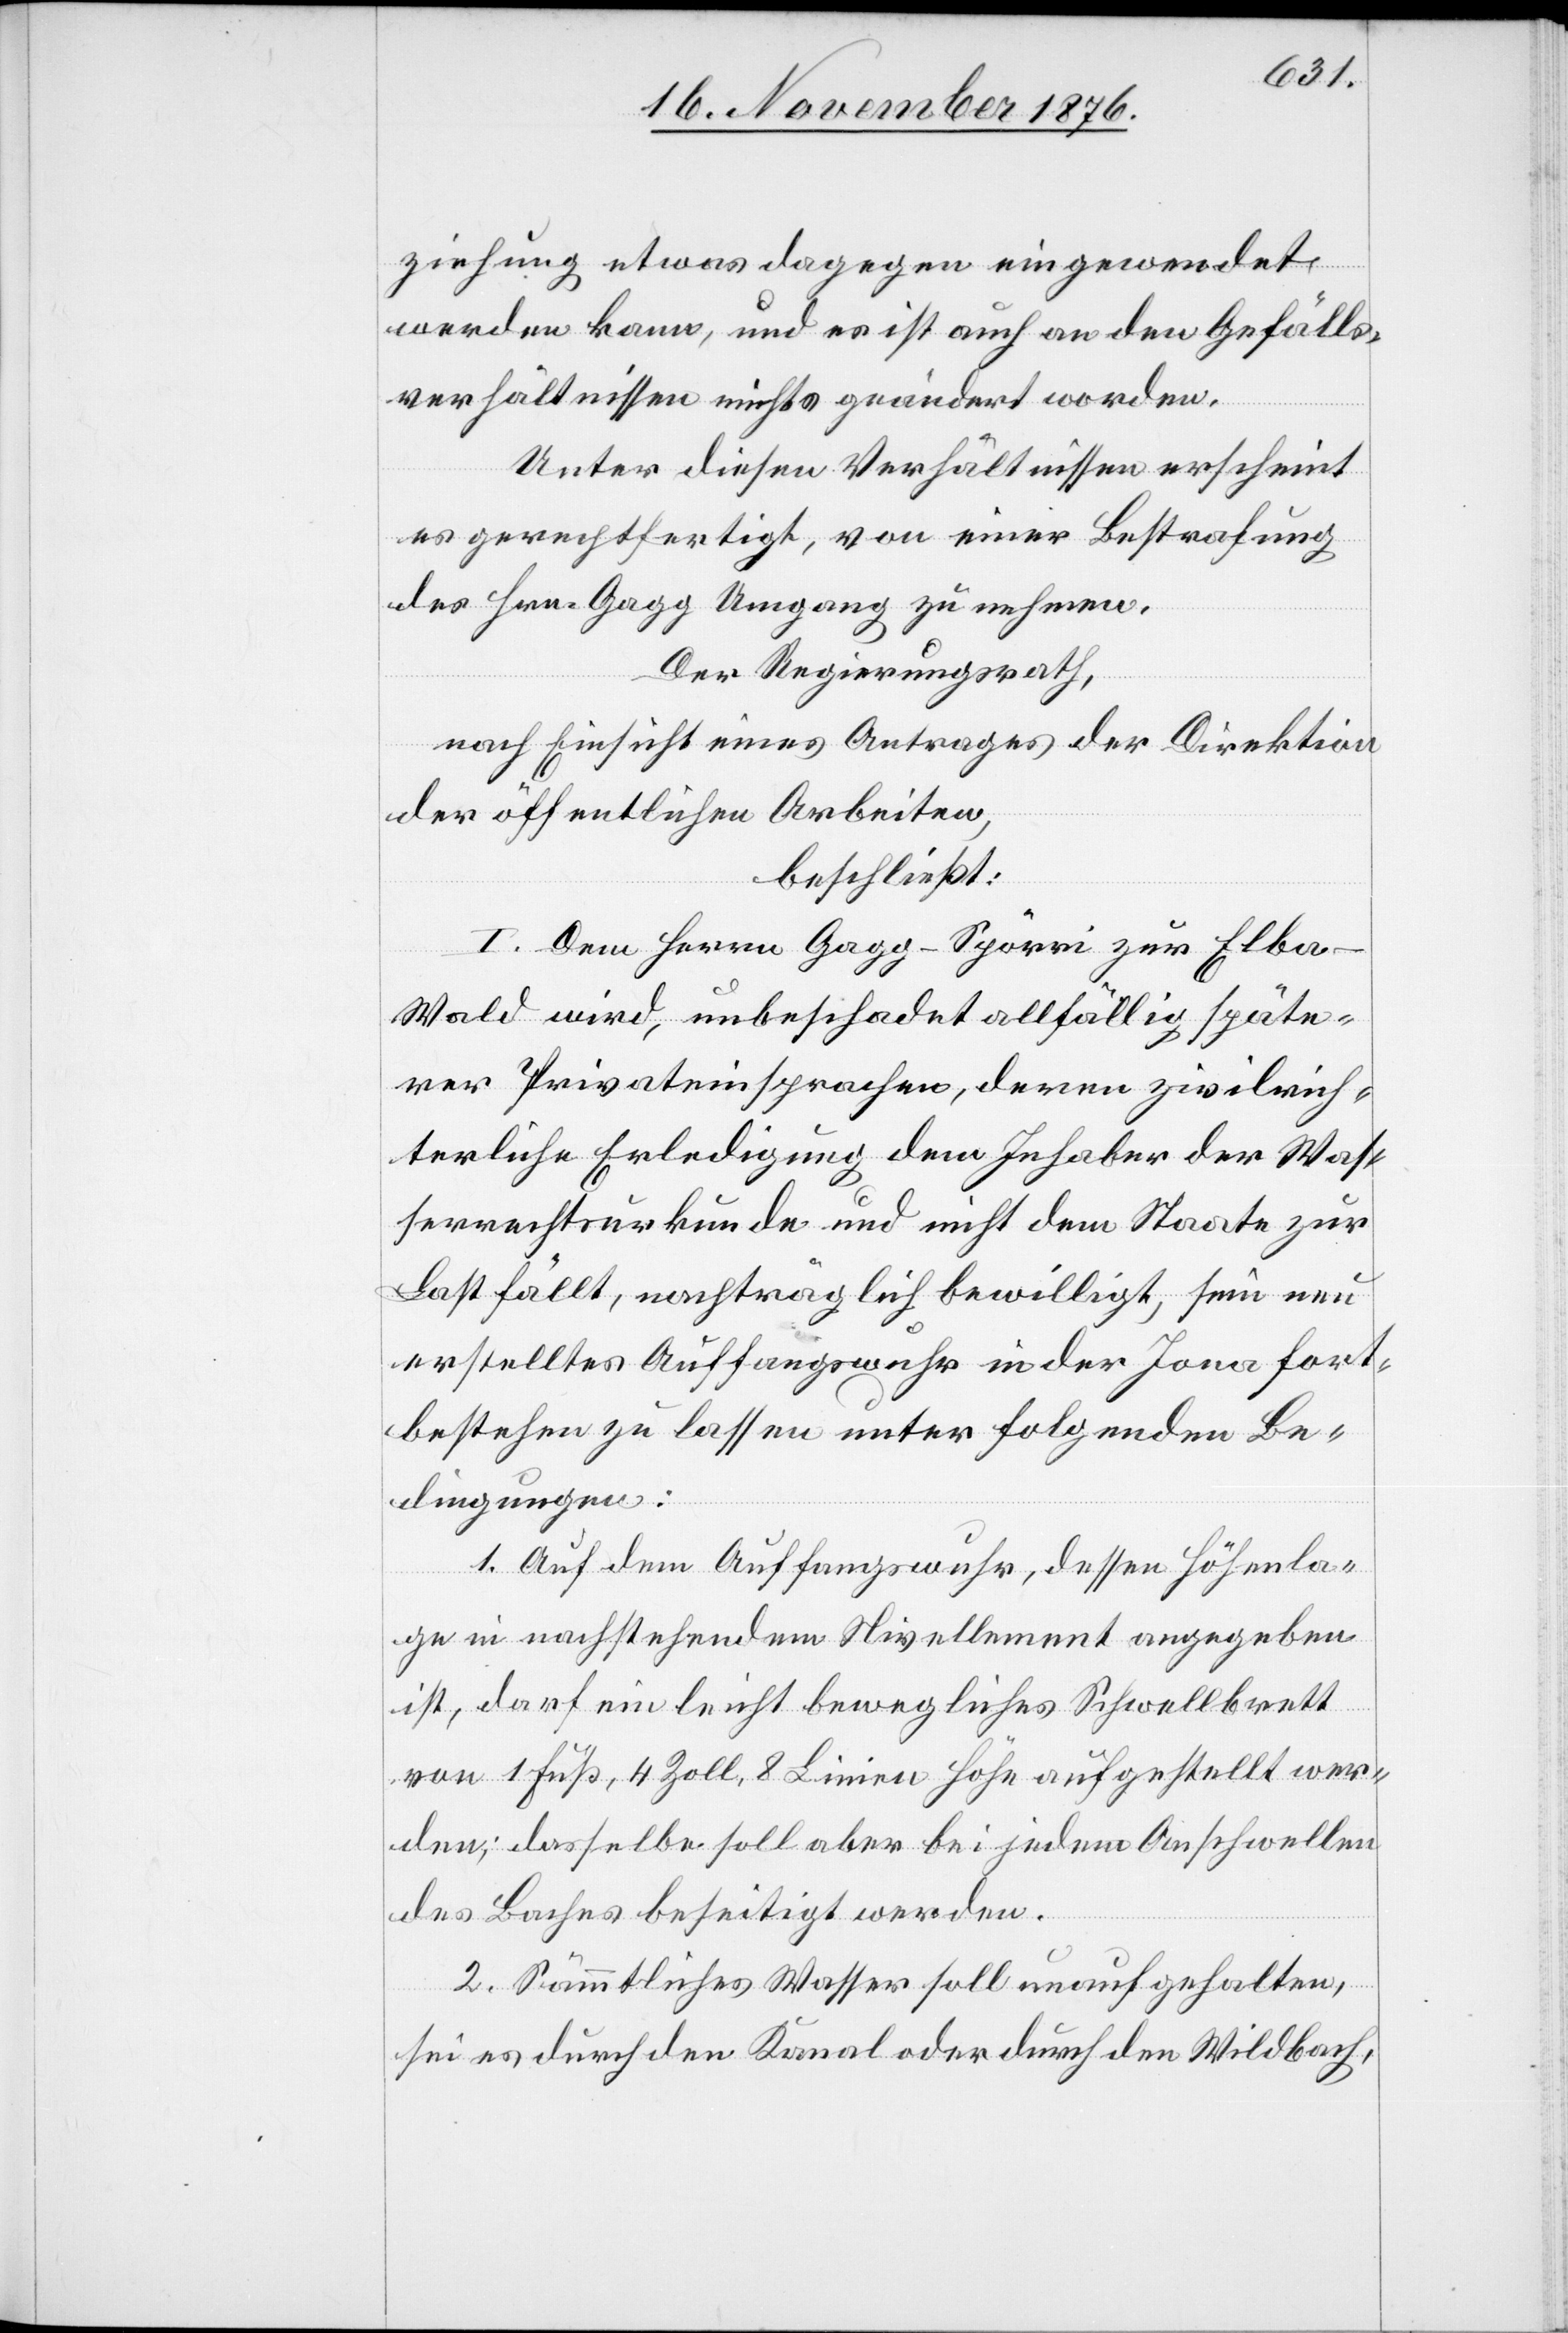
ziehung etwas dagegen eingewendet
werden kann, und es ist auch an den Gefälls¬
verhältnissen nichts geändert worden.
Unter diesen Verhältnissen erscheint
es gerechtfertigt, von einer Bestrafung
des Hrn. Gagg Umgang zu nehmen.
Der Regierungsrath,
nach Einsicht eines Antrages der Direktion
der öffentlichen Arbeiten,
beschließt:
I. Dem Herrn Gagg-Spörri zur Elba
Wald wird, unbeschadet allfällig späte¬
rer Privateinsprachen, deren zivilrich¬
terliche Erledigung dem Inhaber der Was¬
serrechtsurkunde und nicht dem Staate zur
Last fällt, nachträglich bewilligt, sein neu
erstelltes Auffangswuhr in der Jona fort¬
bestehen zu lassen unter folgenden Be¬
dingungen:
1. Auf dem Auffangswuhr, dessen Höhenla¬
ge in nachstehendem Nivellement angegeben
ist, darf ein leicht bewegliches Schwellbrett
von 1 Fuß, 4 Zoll, 8 Linien Höhe aufgestellt wer¬
den; dasselbe soll aber bei jedem Anschwellen
des Baches beseitigt werden.
2. Sämmtliches Wasser soll unaufgehalten,
sei es durch den Kanal oder durch den Wildbach,